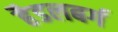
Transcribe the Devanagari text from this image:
हैडलबर्ग